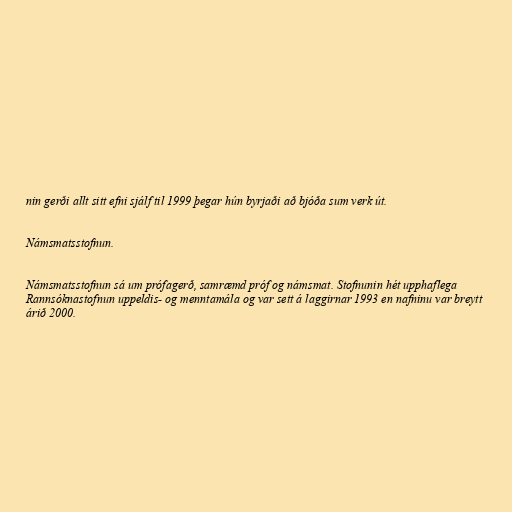
nin gerði allt sitt efni sjálf til 1999 þegar hún byrjaði að bjóða sum verk út.

Námsmatsstofnun.

Námsmatsstofnun sá um prófagerð, samræmd próf og námsmat. Stofnunin hét upphaflega
Rannsóknastofnun uppeldis- og menntamála og var sett á laggirnar 1993 en nafninu var breytt
árið 2000.